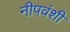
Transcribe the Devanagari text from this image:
नीपवंशी